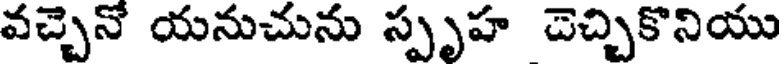
వచ్చెనో యనుచును స్పృహ చెచ్చికొనియు